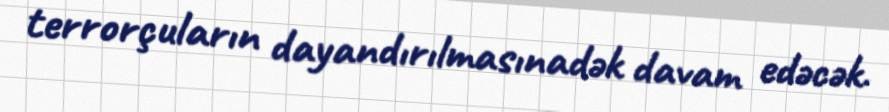
terrorçuların dayandırılmasınadək davam edəcək.